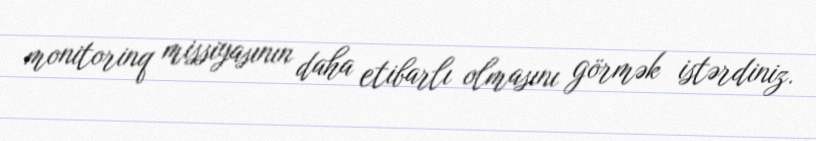
monitorinq missiyasının daha etibarlı olmasını görmək istərdiniz.